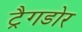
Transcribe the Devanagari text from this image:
ट्रैगडोर